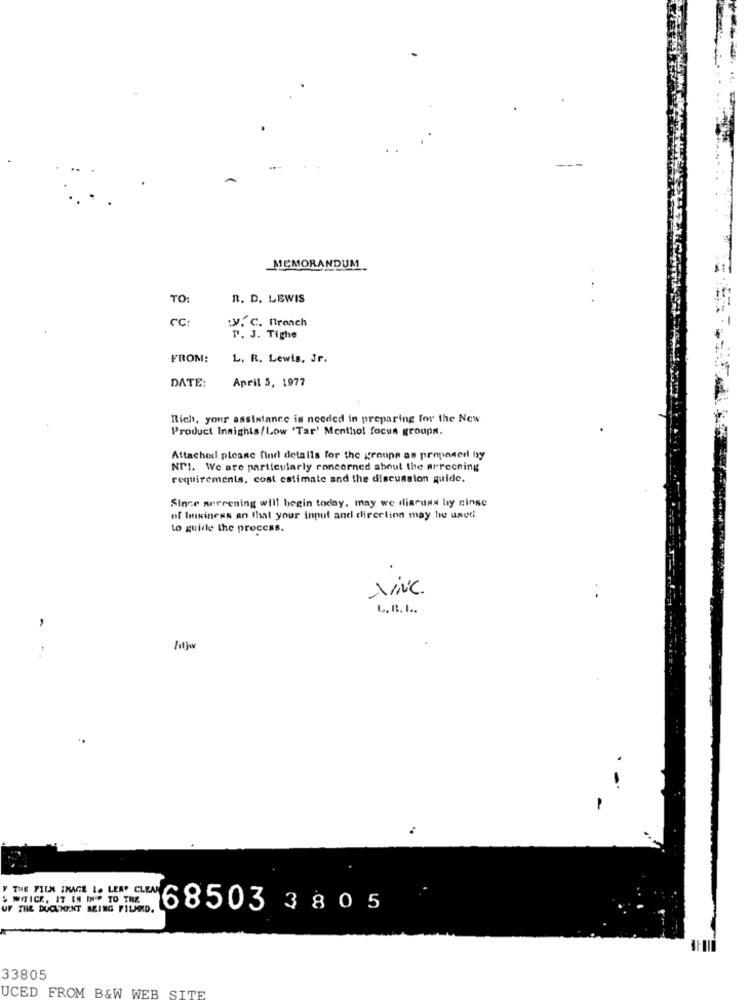
MEMORANDUM
TO:
R. D. LEWIS
Cc:
:V. C. Branch
P. J. Tighe
FROM:
L. R. Lewis, Jr.
DATE:
April 5, 1977
Rich, your assistance is needed in preparing for the New
Product Insights/Low 'Tar' Menthol focus groups.
Attached please find details for the groupe as proposerl bsy
NPI. We are particularly concerned about the arreening
requirements, cost estimate and the discussion quide.
Since sercening will begin today, may we discuss by cinse
of business an that your input and direction may be used
to guide the process.
ViNC.
L. R. L ..
-
-
..
" THE FILM IMAGE I. LEAP CLEAN
SMITICK. IT EN IP
UF THE DOCUMENT BEING FILMD.
68503 380 5
33805
UCED FROM B&W WEB SITE